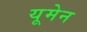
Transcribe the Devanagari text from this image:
यूमेन